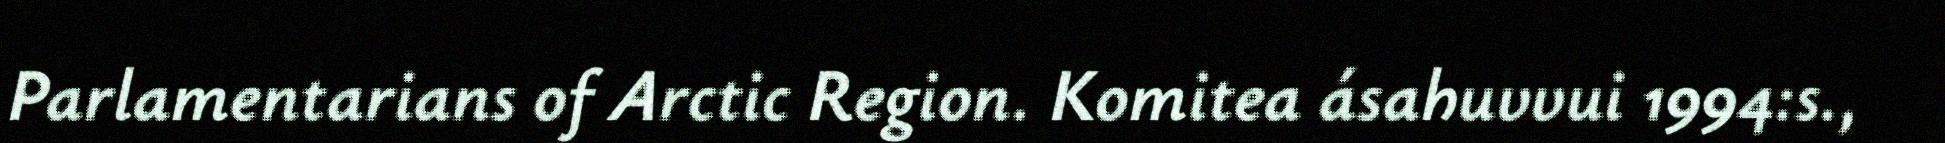
Parlamentarians of Arctic Region. Komitea ásahuvvui 1994:s.,